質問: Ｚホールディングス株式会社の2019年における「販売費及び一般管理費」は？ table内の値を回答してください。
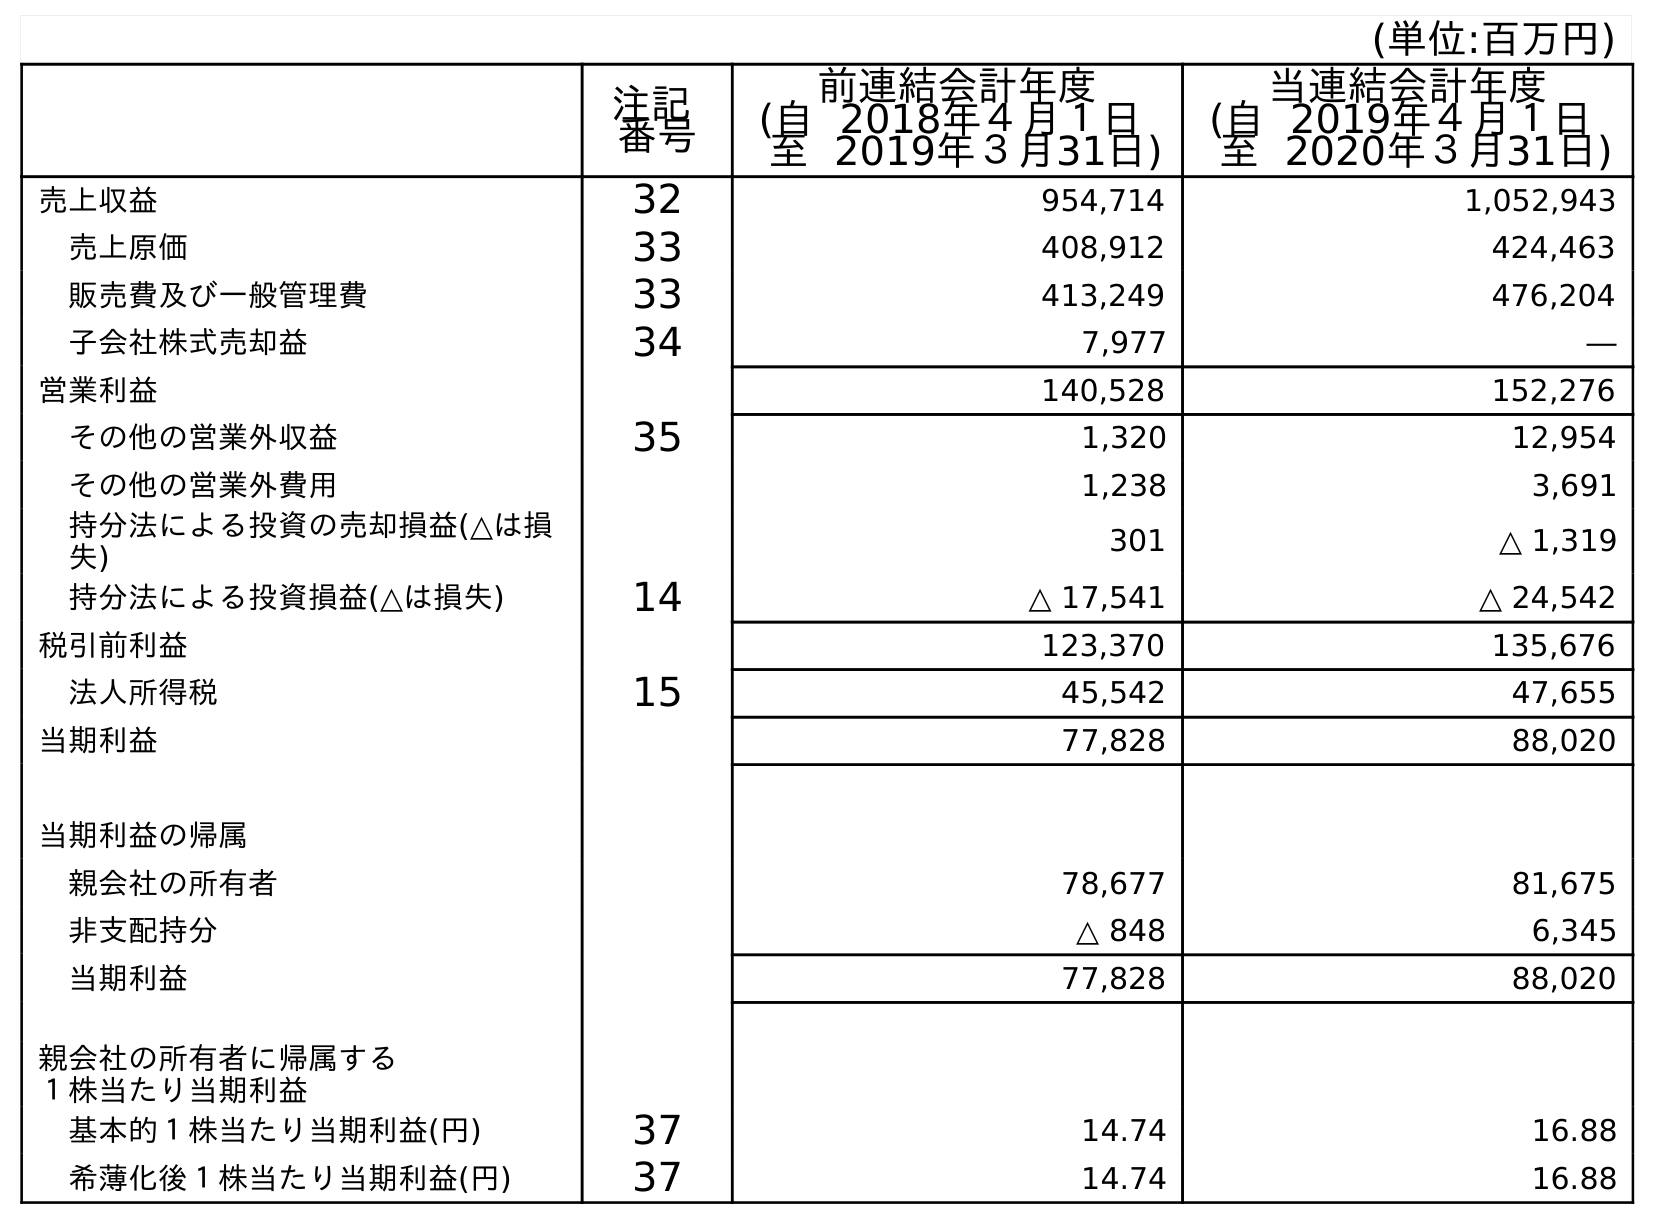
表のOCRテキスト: (単位:百万円) 注記 番号 前連結会計年度 (自 2018年４月１日 至 2019年３月31日) 当連結会計年度 (自 2019年４月１日 至 2020年３月31日) 売上収益 32 954,714 1,052,943 売上原価 33 408,912 424,463 販売費及び一般管理費 33 413,249 476,204 子会社株式売却益 34 7,977 ― 営業利益 140,528 152,276 その他の営業外収益 35 1,320 12,954 その他の営業外費用 1,238 3,691 持分法による投資の売却損益(△は損 失) 301 △ 1,319 持分法による投資損益(△は損失) 14 △ 17,541 △ 24,542 税引前利益 123,370 135,676 法人所得税 15 45,542 47,655 当期利益 77,828 88,020 当期利益の帰属 親会社の所有者 78,677 81,675 非支配持分 △ 848 6,345 当期利益 77,828 88,020 親会社の所有者に帰属する １株当たり当期利益 基本的１株当たり当期利益(円) 37 14.74 16.88 希薄化後１株当たり当期利益(円) 37 14.74 16.88
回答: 413,249